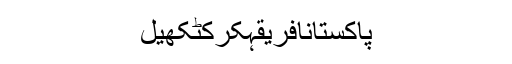
پاکستانافریقہکرکٹکھیل